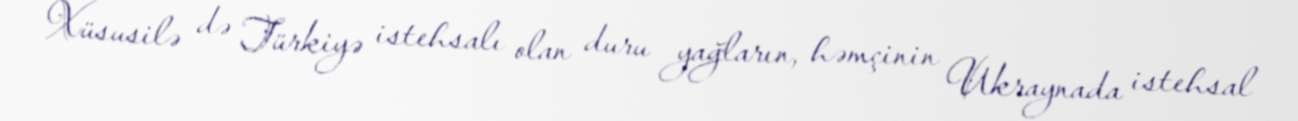
Xüsusilə də Türkiyə istehsalı olan duru yağların, həmçinin Ukraynada istehsal